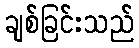
ချစ်ခြင်းသည်